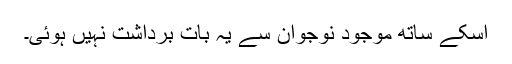
اسکے ساتھ موجود نوجوان سے یہ بات برداشت نہیں ہوئی۔